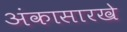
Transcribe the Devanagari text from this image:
अंकासारखे